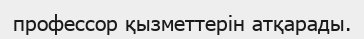
профессор қызметтерін атқарады.